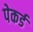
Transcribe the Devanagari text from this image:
पेकर्ड